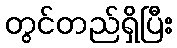
တွင်တည်ရှိပြီး